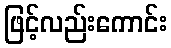
ဖြင့်လည်းကောင်း